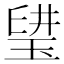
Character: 𤦨